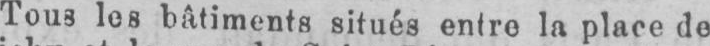
Tous les bâtiments situés entre la place de